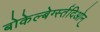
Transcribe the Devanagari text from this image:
बोकेल्बेर्ग्स्तदिओन्